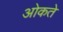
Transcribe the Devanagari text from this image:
ओकते